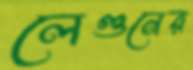
লেগুনের